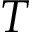
T